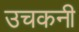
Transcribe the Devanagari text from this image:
उचकनी